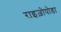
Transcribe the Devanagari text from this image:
राइज़ोपोडा